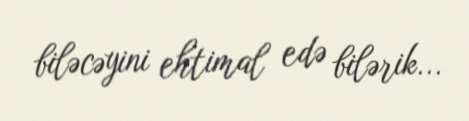
biləcəyini ehtimal edə bilərik...